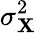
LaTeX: \sigma_{\mathbf{X}}^{2}